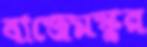
বাজেমস্কুর